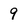
Character: 9